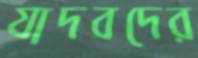
যাদবদের